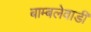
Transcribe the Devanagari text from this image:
बाम्बलेवाडी